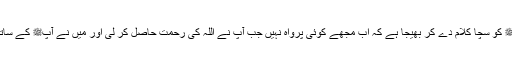
میں نے عرض کیا کہ قسم اس کی جس نے آپﷺ کو سچا کلام دے کر بھیجا ہے کہ اب مجھے کوئی پرواہ نہیں جب آپ نے اللہ کی رحمت حاصل کر لی اور میں نے آپﷺ کے ساتھ حاصل کی تو کوئی بھی اس کو حاصل کرے۔